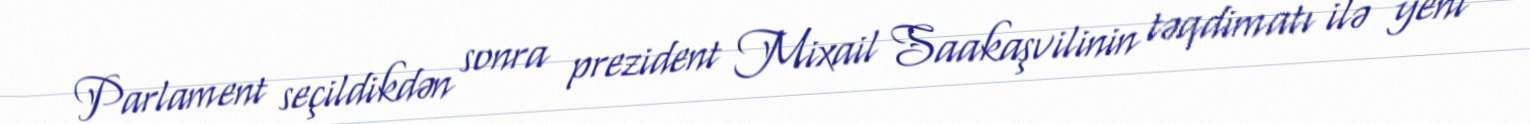
Parlament seçildikdən sonra prezident Mixail Saakaşvilinin təqdimatı ilə yeni